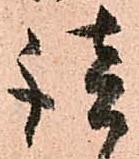
談